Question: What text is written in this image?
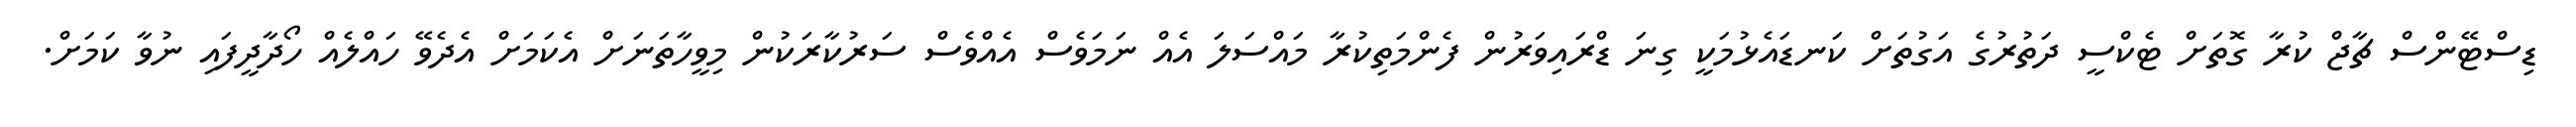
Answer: ޑިސްޓޭންސް ޗާޖް ކުރާ ގޮތަށް ޓެކްސީ ދަތުރުގެ އަގުތަށް ކަނޑައެޅުމަކީ ގިނަ ޑްރައިވަރުން ފެންމަތިކުރާ މައްސަލަ އެއް ނަމަވެސް އެއްވެސް ސަރުކާރަކުން މިވީހާތަނަށް އެކަމަށް އެދެވޭ ހައްލެއް ހޯދާދީފައި ނުވާ ކަމަށް.